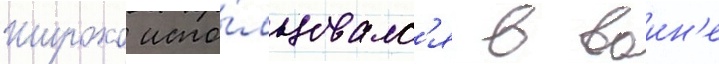
Широко испо́льзовалс'я в воин'е